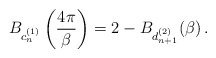
\begin{align*}B_{c_{n}^{(1)}}\left(\frac{4\pi}{\beta}\right)=2-B_{d_{n+1}^{(2)}}(\beta)\,.\end{align*}